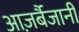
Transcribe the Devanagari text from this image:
आज़र्बैजानी